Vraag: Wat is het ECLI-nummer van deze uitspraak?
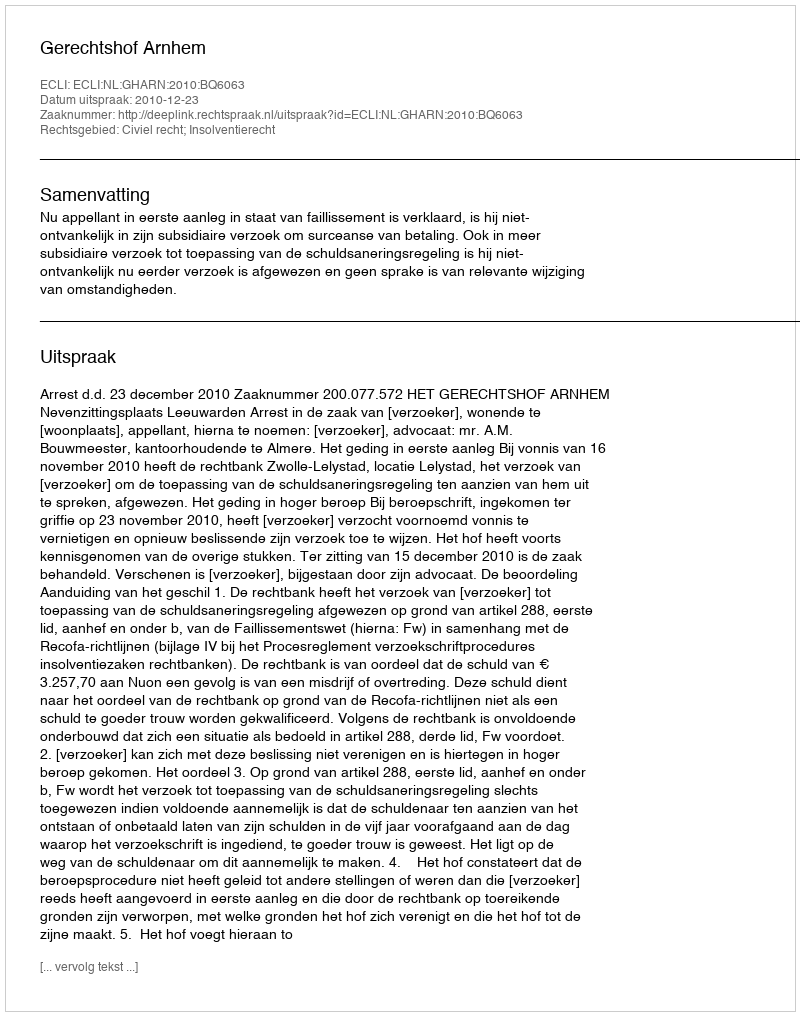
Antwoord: ECLI:NL:GHARN:2010:BQ6063